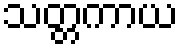
သတ္တကာယ